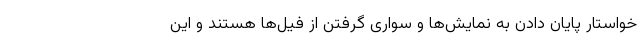
خواستار پایان دادن به نمایش‌ها و سواری گرفتن از فیل‌ها هستند و این